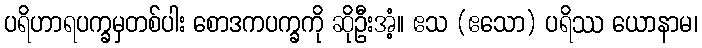
ပရိဟာရပက္ခမှတစ်ပါး စောဒကပက္ခကို ဆိုဦးအံ့။ ဧသ (ဧသော) ပရိဿ ယောနာမ၊